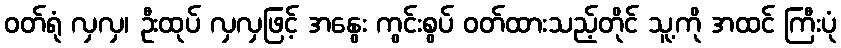
ဝတ်ရုံ လှလှ၊ ဦးထုပ် လှလှဖြင့် အနွေး ကွင်းစွပ် ဝတ်ထားသည့်တိုင် သူ့ကို အထင် ကြီးပုံ